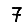
Digit: 7